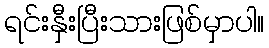
ရင်းနှီးပြီးသားဖြစ်မှာပါ။